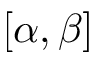
[ \alpha , \beta ]